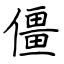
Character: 僵